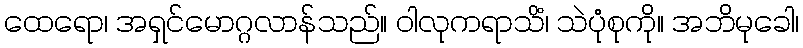
ထေရော၊ အရှင်မောဂ္ဂလာန်သည်။ ဝါလုကရာသိံ၊ သဲပုံစုကို။ အဘိမုခေါ၊